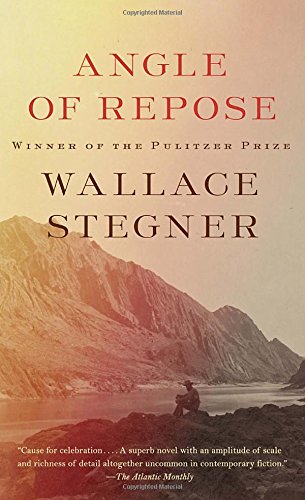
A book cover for Angle of Repose; Wallace Stegner; Mystery, Thriller & Suspense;